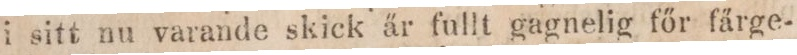
i sitt nu varande skick är fullt gagnelig főr färge-